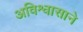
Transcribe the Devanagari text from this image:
अविश्वासाने